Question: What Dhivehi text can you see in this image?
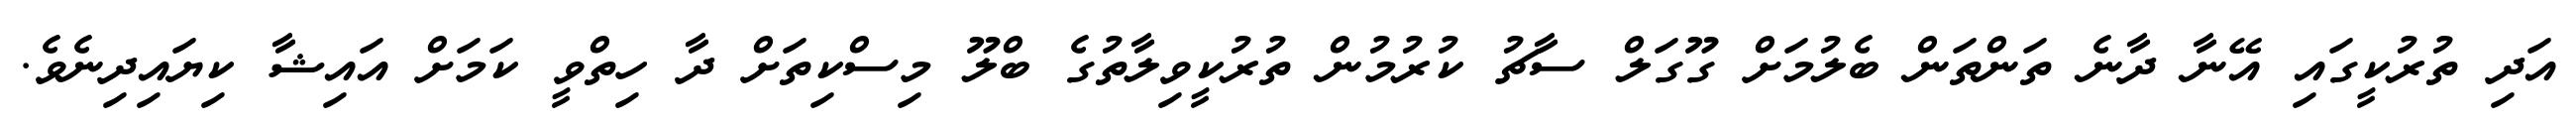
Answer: އަދި ތުރުކީގައި އޭނާ ދާނެ ތަންތަން ބެލުމަށް ގޫގަލް ސާޗު ކުރުމުން ތުރުކީވިލާތުގެ ބްލޫ މިސްކިތަށް ދާ ހިތްވީ ކަމަށް އައިޝާ ކިޔައިދިނެވެ.